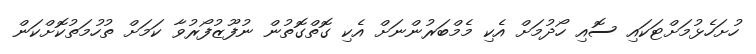
ހުށަހެޅުމަށްޓަކައި ސޮއި ހޯދުމަށް އެކި މެމްބަރުންނަށް އެކި ގޮތްގޮތުން ނުފޫޒުފޯރުވާ ކަމަށް ތުހުމަތުކޮށްކަން